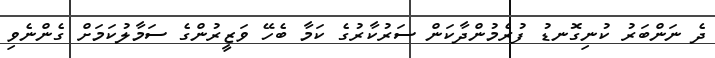
ދެ ނަންބަރު ކުނިގޮނޑު ފުރެމުންދާކަން ސަރުކާރުގެ ކަމާ ބެހޭ ވަޒީރުންގެ ސަމާލުކަމަށް ގެންނެވި